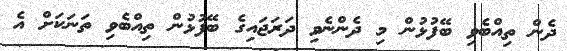
ދެން ތިއްބެވި ބޭފުޅުން މި ދެންނެވި ދަރަޖައިގެ ބޭފުޅުން ތިއްބެވި ތަނަކަށް އެ